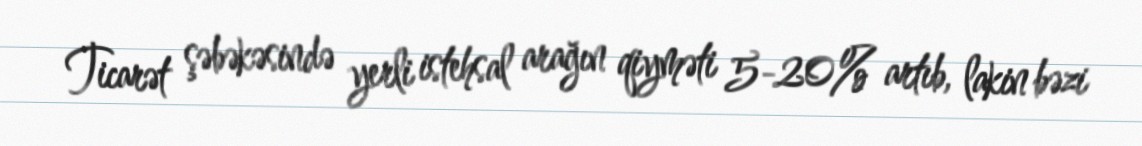
Ticarət şəbəkəsində yerli istehsal arağın qiyməti 5-20% artıb, lakin bəzi